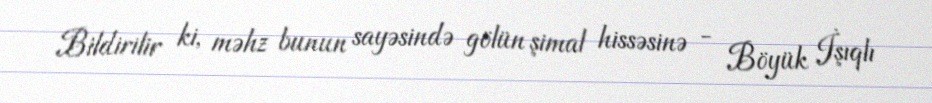
Bildirilir ki, məhz bunun sayəsində gölün şimal hissəsinə - Böyük İşıqlı